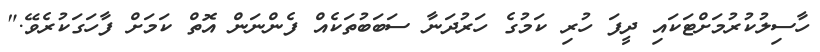
ހާސިލުކުރުމަށްޓަކައި ދީފަ ހުރި ކަމުގެ ހަރުދަނާ ސަބަބުތަކެއް ފެންނަން އޮތް ކަމަށް ފާހަގަކުރެވޭ."